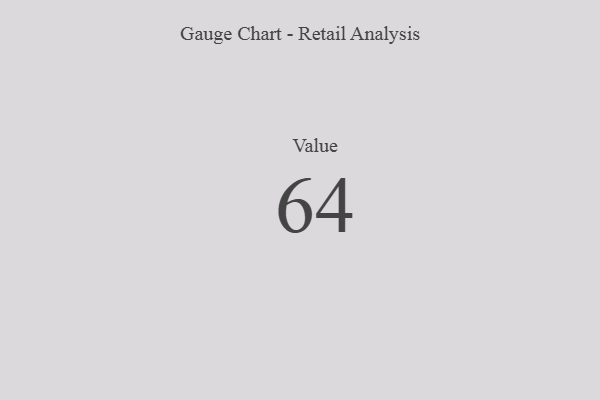
{"axis": {"x": "Metric", "y": "Value"}, "legend": [""], "data": [{"x": "Value", "y": 64, "type": ""}]}